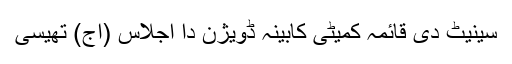
سینیٹ دی قائمہ کمیٹی کابینہ ڈویژن دا اجلاس (اج) تھیسی